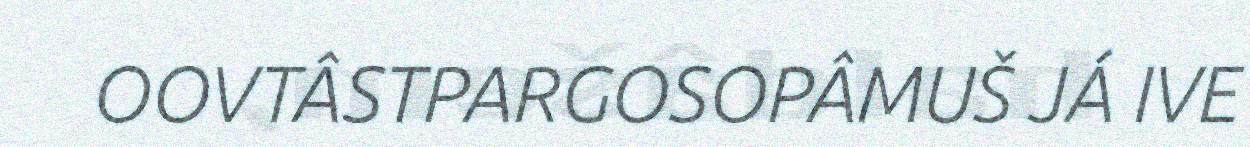
OOVTÂSTPARGOSOPÂMUŠ JÁ IVE